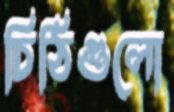
চিঠিগুলো